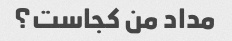
مداد من کجاست؟